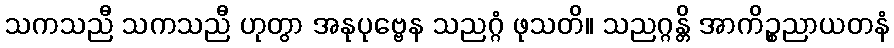
သကသညီ သကသညီ ဟုတွာ အနုပုဗ္ဗေန သညဂ္ဂံ ဖုသတိ။ သညဂ္ဂန္တိ အာကိဉ္စညာယတနံ